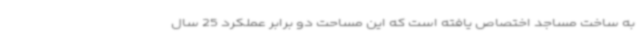
به ساخت مساجد اختصاص یافته است که این مساحت دو برابر عملکرد 25 سال